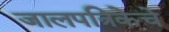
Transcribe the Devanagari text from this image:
जालपत्रिकेचे